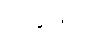
အဖေကို